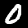
Digit: 0